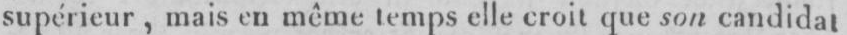
supérieur, mais en même temps elle croit que son candidat